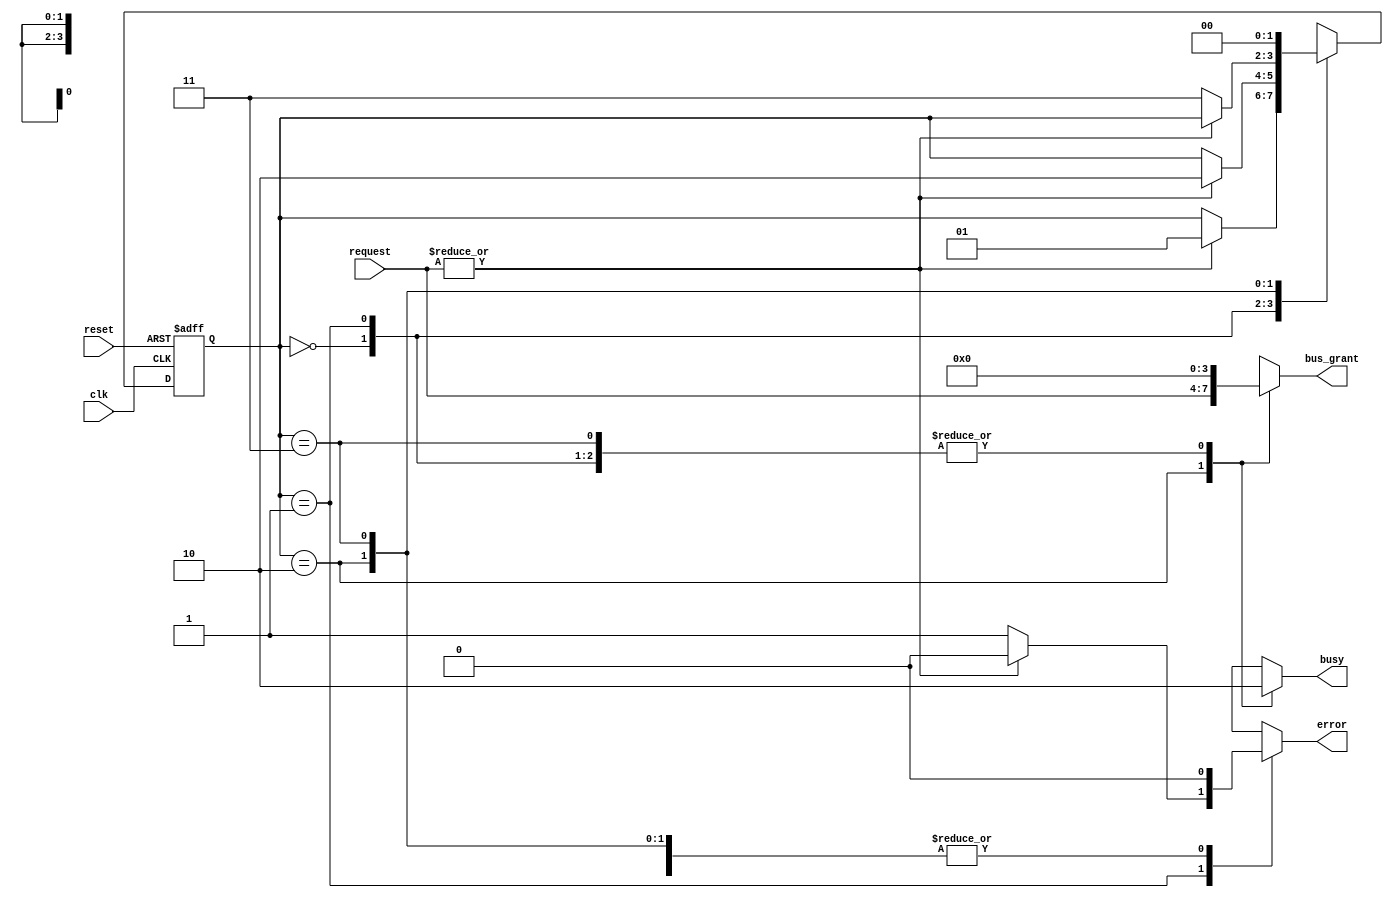
module bus_controller (
    input wire clk,                // Clock signal
    input wire reset,              // Reset signal
    input wire [N-1:0] request,    // Request signals from devices
    output reg [N-1:0] bus_grant,  // Bus grant signal
    output reg busy,               // Busy signal
    output reg error               // Error signal
);

parameter N = 4;                  // Number of devices
parameter IDLE = 2'b00,          // State: Idle
          REQUEST = 2'b01,       // State: Request
          GRANT = 2'b10,         // State: Grant
          RELEASE = 2'b11;       // State: Release

reg [1:0] state, next_state;      // Current and next state variables

// Sequential logic for state update
always @(posedge clk or posedge reset) begin
    if (reset) begin
        state <= IDLE;            // Reset to Idle state
    end else begin
        state <= next_state;      // Transition to next state
    end
end

// Combinational logic for next state and outputs
always @(*) begin
    // Default outputs
    next_state = state;          // Stay in the current state
    bus_grant = {N{1'b0}};       // Default bus grant
    busy = 0;                    // Default busy signal
    error = 0;                   // Default error signal

    case (state)
        IDLE: begin
            if (|request) begin   // If any request is asserted
                next_state = REQUEST;
            end
        end

        REQUEST: begin
            if (|request) begin    // If any request is still active
                next_state = GRANT; // Assume first request gets the bus for simplicity
            end else begin
                error = 1;          // Conflict error if no valid request
            end
        end

        GRANT: begin
            bus_grant = request;    // Grant bus to the requesting device
            busy = 1;               // Bus is busy
            if (~(|request)) begin   // If no request is active, go to RELEASE
                next_state = RELEASE;
            end
        end

        RELEASE: begin
            if (~busy) begin         // If bus is released
                next_state = IDLE;  // Go back to Idle state
            end
        end

        default: begin
            next_state = IDLE;      // Default to Idle on unexpected state
        end
    endcase
end

endmodule